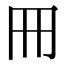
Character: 𠕁